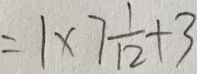
= 1 \times 7 \frac { 1 } { 1 2 } + 3